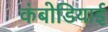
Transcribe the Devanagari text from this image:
कंबोडियाई